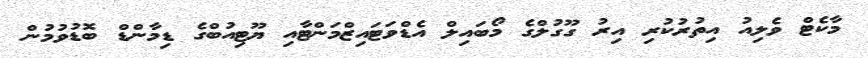
މާކެޓް ވެލިއު އިތުރުކުރި އިރު ގޫގުލްގެ މޯބައިލް އެޑްވަޓައިޒްމަންޓާއި ޔޫޓިއުބްގެ ޑިމާންޑް ބޮޑުވުމުން